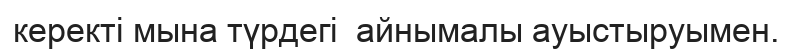
керекті мына түрдегі  айнымалы ауыстыруымен.